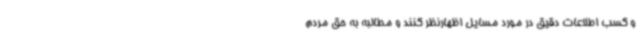
و کسب اطلاعات دقیق در مورد مسایل اظهارنظر کنند و مطالبه به حق مردم